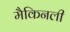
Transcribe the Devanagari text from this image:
मैकिनली